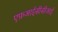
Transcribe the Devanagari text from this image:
एफ़आईसीसीआई